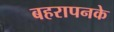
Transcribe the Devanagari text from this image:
बहरापनके